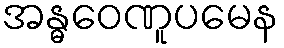
အန္ဓဝေဏူပမေန